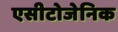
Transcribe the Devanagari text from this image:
एसीटोजेनिक